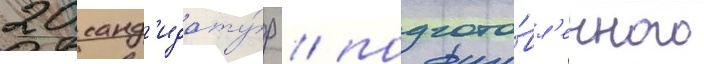
20 канд'идату́р / подгото́вл'енного